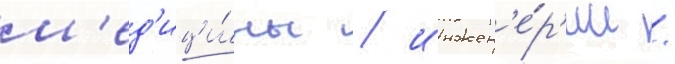
м'ед'ици́ны / инжен'е́р'ии /